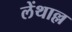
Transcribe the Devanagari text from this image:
लेंथाल्ल